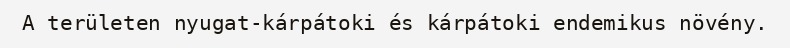
A területen nyugat-kárpátoki és kárpátoki endemikus növény.